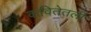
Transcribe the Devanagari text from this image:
कवितेतली